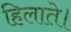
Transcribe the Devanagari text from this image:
हिलाते।